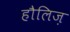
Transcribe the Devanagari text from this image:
हौलिज़